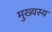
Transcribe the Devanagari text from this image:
मुख्यस्य